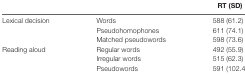
|  |  | RT (SD) |
 | --- | --- | --- |
 | Lexical decision | Words | 588 (61.2) |
 |  | Pseudohomophones | 611 (74.1) |
 |  | Matched pseudowords | 598 (73.6) |
 | Reading aloud | Regular words | 492 (55.9) |
 |  | Irregular words | 515 (62.3) |
 |  | Pseudowords | 591 (102.4) |